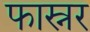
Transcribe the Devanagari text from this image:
फास्नर